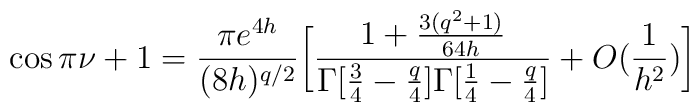
\cos\pi\nu +1 = \frac{\pi e^{4h}}{(8h)^{q/2} }\bigg[\frac{1+\frac{3(q^2+1)}{64h}}{\Gamma[\frac{3}{4}-\frac{q}{4}]\Gamma[\frac{1}{4}-\frac{q}{4}]}+O(\frac{1}{h^2})\bigg]